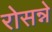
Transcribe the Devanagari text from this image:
रोसन्ने